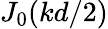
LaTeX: J_{0}(kd/2)